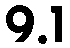
9.1